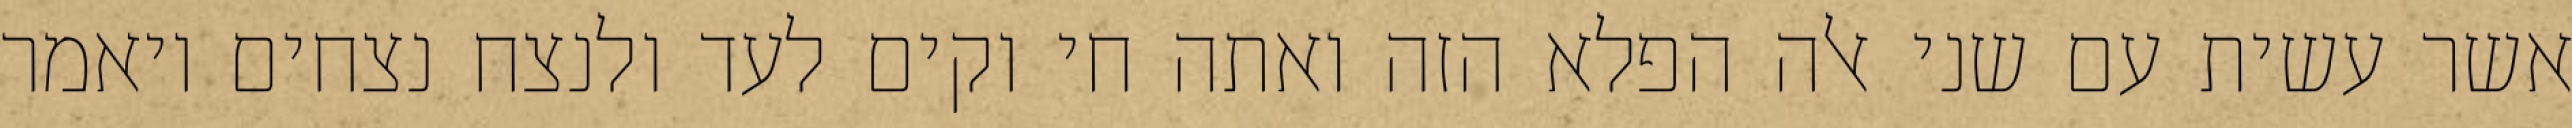
אשר עשית עם שני אלה הפלא הזה ואתה חי וקים לעד ולנצח נצחים ויאמר